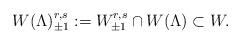
LaTeX: \begin{align*} W(\Lambda)_{\pm 1}^{r,s} := W_{\pm 1}^{r,s} \cap W(\Lambda) \subset W.\end{align*}